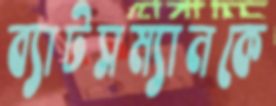
ব্যাটসম্যানকে